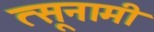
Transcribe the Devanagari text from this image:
त्सूनामी